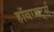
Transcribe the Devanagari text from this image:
हॉवग्वर्ट्स